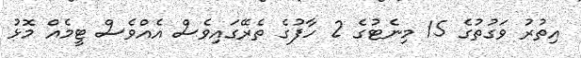
އިތުރު ވަގުތުގެ 15 މިނެޓުގެ 2 ހާފުގެ ތެރޭގައިވެސް އެއްވެސް ޓީމެއް މޮޅު